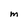
Character: M